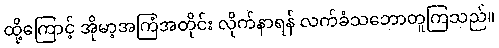
ထို့ကြောင့် အိုမာ့အကြံအတိုင်း လိုက်နာရန် လက်ခံသဘောတူကြသည်။